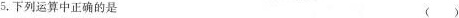
5.下列运算中正确的是 ()